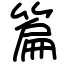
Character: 篇